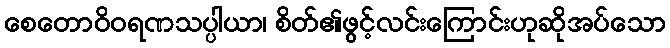
စေတောဝိဝရဏသပ္ပါယာ၊ စိတ်၏ဖွင့်လင်းကြောင်းဟုဆိုအပ်သော